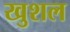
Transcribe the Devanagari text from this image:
खुशल